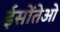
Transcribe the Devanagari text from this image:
ईसोंतेओ